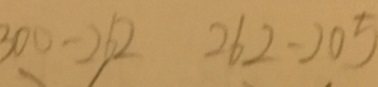
3 0 0 - 2 6 2 2 6 2 - 2 0 5